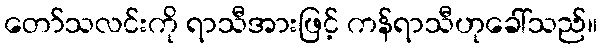
တော်သလင်းကို ရာသီအားဖြင့် ကန်ရာသီဟုခေါ်သည်။